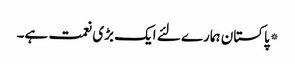
*پاکستان ہمارے لئے ایک بڑی نعمت ہے۔